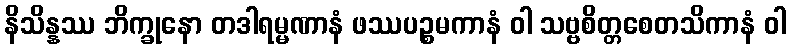
နိသိန္နဿ ဘိက္ခုနော တဒါရမ္မဏာနံ ဖဿပဉ္စမကာနံ ဝါ သဗ္ဗစိတ္တစေတသိကာနံ ဝါ